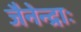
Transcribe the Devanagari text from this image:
जैनेन्द्राः